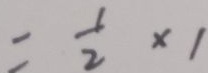
= \frac { 1 } { 2 } \times 1